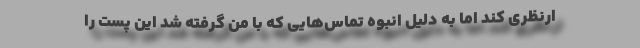
ارنظری کند اما به دلیل انبوه تماس‌هایی که با من گرفته شد این پست را